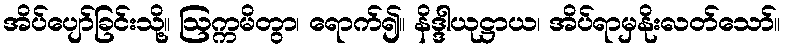
အိပ်ပျော်ခြင်းသို့။ ဩက္ကမိတွာ၊ ရောက်၍။ နိဒ္ဒါယုဋ္ဌာယ၊ အိပ်ရာမှနိုးလတ်သော်။